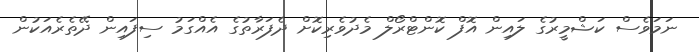
ނަމަވެސް ކަޝްމީރުގެ ލައިން އޮފް ކޮންޓްރޯލް މެދުވެރިކޮށް ދެފަރާތުގެ އެއްގަމު ސިފައިން ދޭތެރެއަކުން